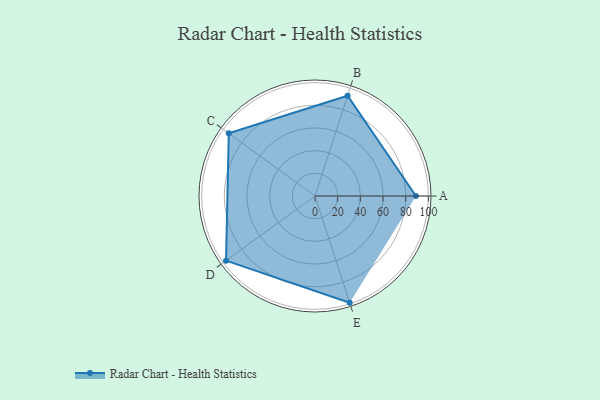
{"axis": {"x": "Skill", "y": "Score"}, "legend": ["Profile"], "data": [{"x": "A", "y": 89.0, "type": "Profile"}, {"x": "B", "y": 93.0, "type": "Profile"}, {"x": "C", "y": 94.0, "type": "Profile"}, {"x": "D", "y": 97.0, "type": "Profile"}, {"x": "E", "y": 99, "type": "Profile"}]}